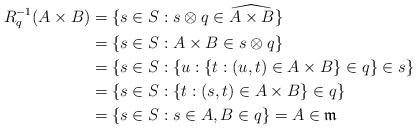
LaTeX: \begin{align*}R_q^{-1}(A\times B) &= \{s\in S:s\otimes q\in\widehat{A\times B}\} \\&= \{s\in S:A\times B\in s\otimes q\}\\&=\{s\in S:\{u:\{t:(u,t)\in A\times B\}\in q\}\in s\}\\&= \{s\in S:\{t:(s,t)\in A\times B\}\in q\}\\&= \{s\in S:s\in A, B\in q\}=A\in\mathfrak{m}\\\end{align*}